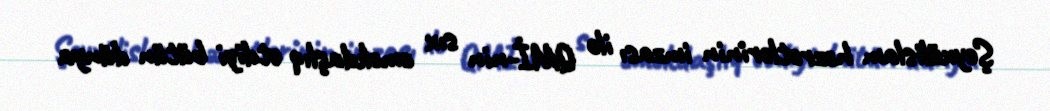
Şeyxülislam həzrətlərinin imzası ilə QMİ-nin sıx əməkdaşlıq etdiyi bütün dünya